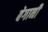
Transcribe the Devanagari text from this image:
बेगानी